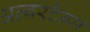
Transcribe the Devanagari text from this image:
अल्बरटैन्स